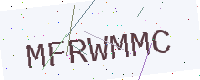
Text: MFRWMMC